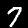
Digit: 7